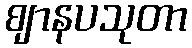
ဈာနပသုတာ